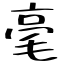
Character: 毫